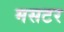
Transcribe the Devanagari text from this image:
मसटर